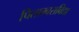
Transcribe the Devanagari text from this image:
पिताम्बराविद्या